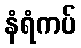
နံရံကပ်